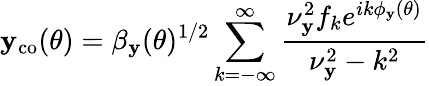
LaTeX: \mathbf{y}_{\mathrm{{co}}}(\theta)=\beta_{\mathbf{y}}(\theta)^{1/2}\sum_{k=-\infty}^{\infty}\frac{{\nu_{\mathbf{y}}^{2}f_{k}e^{ik\phi_{\mathbf{y}}(\theta)}}}{{\nu_{\mathbf{y}}^{2}-k^{2}}}